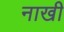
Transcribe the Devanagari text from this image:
नाखी